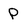
Character: P